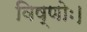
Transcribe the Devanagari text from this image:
विष्णोः।